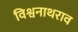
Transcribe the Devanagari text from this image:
विश्वनाथराव